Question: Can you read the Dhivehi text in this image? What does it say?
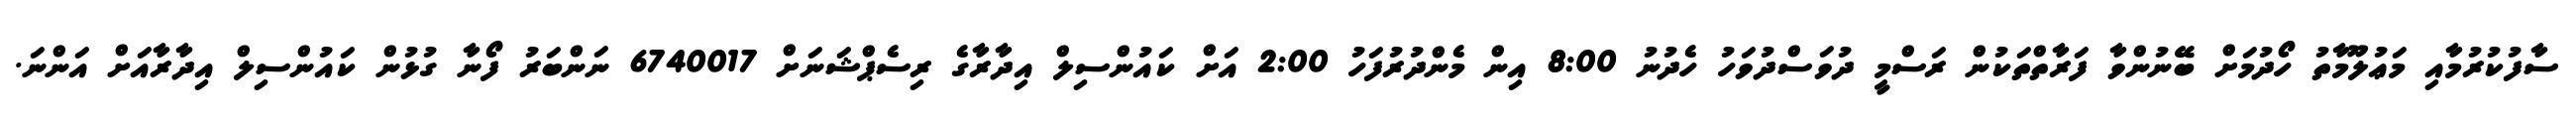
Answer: ސާފުކުރުމާއި މަޢުލޫމާތު ހޯދުމަށް ބޭނުންވާ ފަރާތްތަކުން ރަސްމީ ދުވަސްދުވަހު ހެދުނު 8:00 އިން މެންދުރުފަހު 2:00 އަށް ކައުންސިލް އިދާރާގެ ރިސެޕްޝަނަށް 6740017 ނަންބަރު ފޯނާ ގުޅުން ކައުންސިލް އިދާރާއަށް އަންނަ.